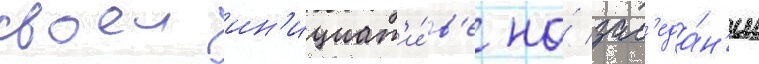
своеи ин'ициат'и́в'е на́ зас'еда́н'ии